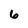
Character: 6